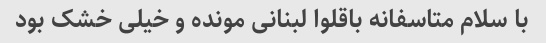
با سلام متاسفانه باقلوا لبنانی مونده و خیلی خشک بود